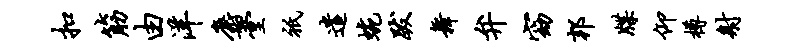
扣筋由洋麝堂只遣蜿跋舞弁窈邦牒仰樽射